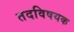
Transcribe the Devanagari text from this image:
तदविषयक